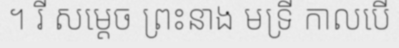
។ រី សម្តេច ព្រះនាង មទ្រី កាលបើ